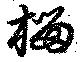
榴